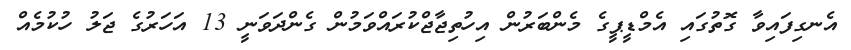
އެނގިފައިވާ ގޮތުގައި އެމްޑީޕީގެ މެންބަރުން އިހުތިޖާޖްކުރައްވަމުން ގެންދަވަނީ 13 އަހަރުގެ ޖަލު ހުކުމެއް